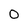
Character: O